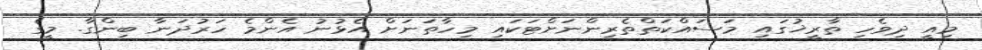
މިއީ ދިވެހި ތާރީޚުގައި މަސައްކަތްތެރިންނަށްޓަކައި މިހާތަނަށް އެޅުނު އެންމެ ހަރުދަނާ ބިންގާ. މީގެ